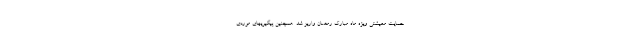
حمایت معیشتی ویژه ماه مبارک رمضان واریز شد. همچنین پیگیریهای موردی